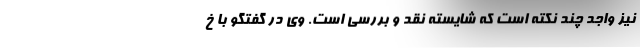
نیز واجد چند نکته است که شایسته نقد و بررسی است. وی در گفتگو با خ